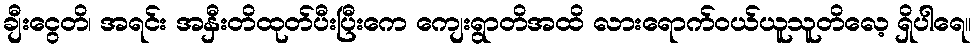
ချီးငွေတိ၊ အရင်း အနှီးတိထုတ်ပီးပြီးကေ ကျေးရွာတိအထိ လားရောက်ဝယ်ယူသူတိလေ့ ရှိပါရေ။